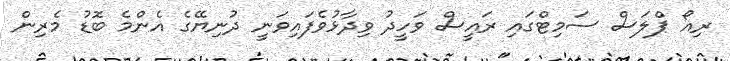
ރިއޯ ޕްލަސް ސަމިޓްގައި ރައީސް ވަހީދު ވިދާޅުވެފައިވަނީ ދުނިޔޭގެ އެންމެ ބޮޑު މެރިން